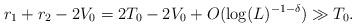
LaTeX: \begin{align*}r_1+r_2-2V_0 = 2T_0-2V_0+O(\log(L)^{-1-\delta}) \gg T_0. \end{align*}